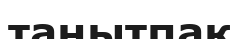
танытпақ